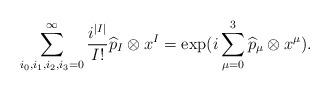
LaTeX: \begin{align*}\sum_{i_0,i_1,i_2,i_3=0}^\infty \frac{i^{|I|}}{I!}\widehat{p}_I\otimes x^I =\exp(i\sum_{\mu = 0}^3\widehat{p}_\mu \otimes x^\mu).\end{align*}